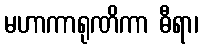
မဟာကာရုဏိကာ ဓီရာ၊